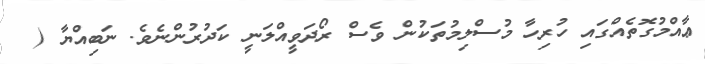
ޢާއްމުގޮތެއްގައި ހުރިހާ މުސްލިމުތަކުން ވެސް ރޯދަވީއްލަނީ ކަދުރުންނެވެ. ނަބިއްޔާ (